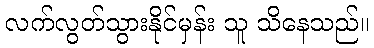
လက်လွတ်သွားနိုင်မှန်း သူ သိနေသည်။